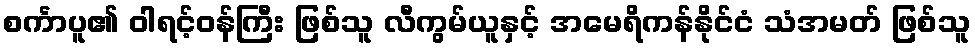
စင်္ကာပူ၏ ဝါရင့်ဝန်ကြီး ဖြစ်သူ လီကွမ်ယူနှင့် အမေရိကန်နိုင်ငံ သံအမတ် ဖြစ်သူ